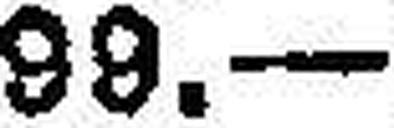
99.—